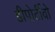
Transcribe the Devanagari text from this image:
डीपोर्टीवो